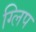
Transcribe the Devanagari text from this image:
ग्लिप